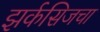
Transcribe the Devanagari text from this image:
झर्कसिजचा